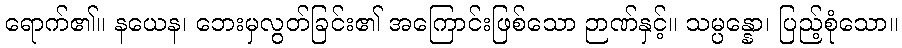
ရောက်၏။ နယေန၊ ဘေးမှလွတ်ခြင်း၏ အကြောင်းဖြစ်သော ဉာဏ်နှင့်။ သမ္ပန္နော၊ ပြည့်စုံသော။